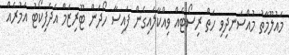
މައުލޫމާތު މުއްސަނދިވި ހަތް ރިސޯޓެއް ވިއްކާލައިގެން ފައިސާ ހޯދަން ޓޫރިޒަމް އެދެފިކޯޓު އަމުރެއް